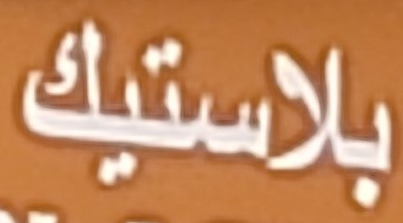
بلاستيك